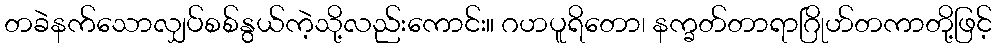
တခဲနက်သောလျှပ်စစ်နွယ်ကဲ့သို့လည်းကောင်း။ ဂဟပူရိတော၊ နက္ခတ်တာရာဂြိုဟ်တကာတို့ဖြင့်